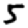
Digit: 5